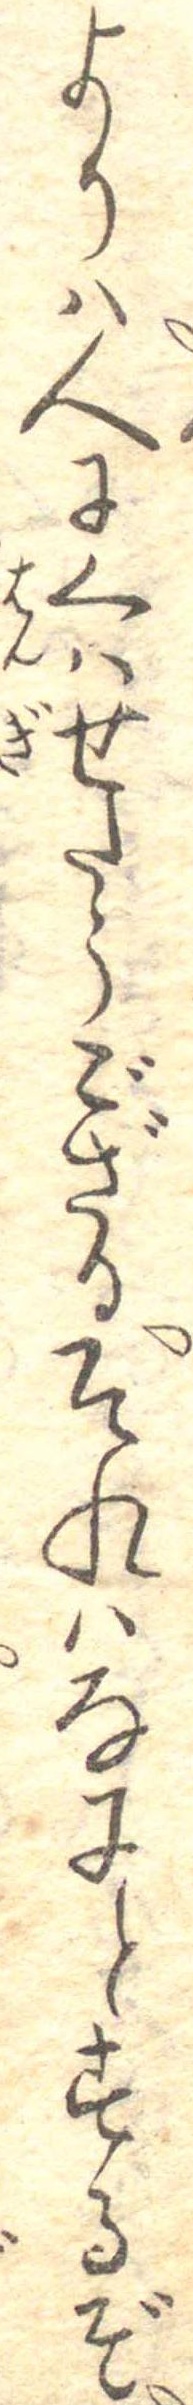
よりは人にくはせたうござるそれはなにとするぞ